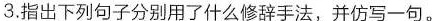
3.指出下列句子分别用了什么修辞手法，并仿写一句。